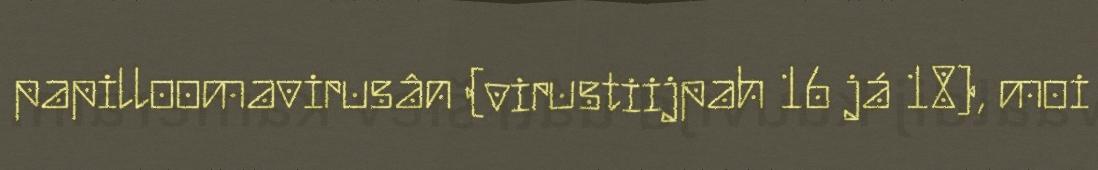
papilloomavirusân (virustiijpah 16 já 18), moi